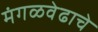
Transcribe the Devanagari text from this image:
मंगळवेढाचे